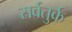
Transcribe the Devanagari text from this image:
सर्वतुर्क